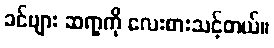
ခင်ဗျား ဆရာ့ကို လေးစားသင့်တယ်။